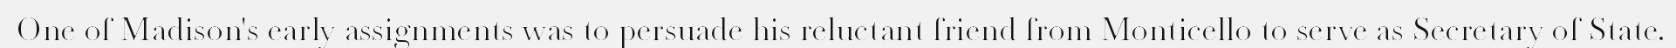
One of Madison's early assignments was to persuade his reluctant friend from Monticello to serve as Secretary of State.